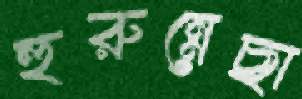
হুরুন্নেছা